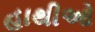
હાથીઓ